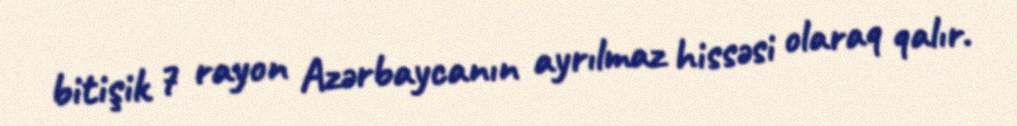
bitişik 7 rayon Azərbaycanın ayrılmaz hissəsi olaraq qalır.